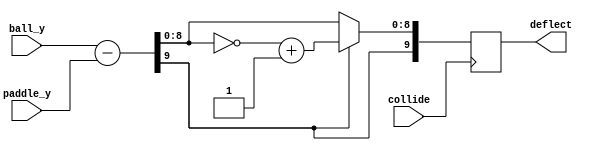
// ====================================================================
//                              MAH PONK
//
// Copyright (C) 2007, Viacheslav Slavinsky
// This design and core is distributed under modified BSD license. 
// For complete licensing information see LICENSE.TXT.
// -------------------------------------------------------------------- 
// An open table tennis game for VGA displays.
//
// 
// Design File: deflector.v, instantiated by tehgame.v
// Generates paddle deflection @posedge collide.
//
// Pins description:
//	collide		input	trigger
//	ball_y		input	ball y-coordinate
//	paddle_y	input	paddle y-coordinate
//	deflect		output	deflection "angle", abs + sign
//
module deflector(collide, ball_y, paddle_y, deflect);
	input collide;
	input [9:0] ball_y;
	input [9:0] paddle_y;
	output reg[9:0] deflect;
	
	always @(posedge collide) begin
		deflect = ball_y - paddle_y;
		if (deflect[9]) 
			deflect[8:0] = ~deflect[8:0] + 1;
	end
endmodule

// $Id: deflector.v,v 1.4 2007/08/27 22:14:49 svo Exp $